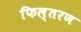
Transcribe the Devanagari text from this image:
फिल्तरण